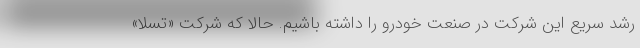
رشد سریع این شرکت در صنعت خودرو را داشته باشیم. حالا که شرکت «تسلا»